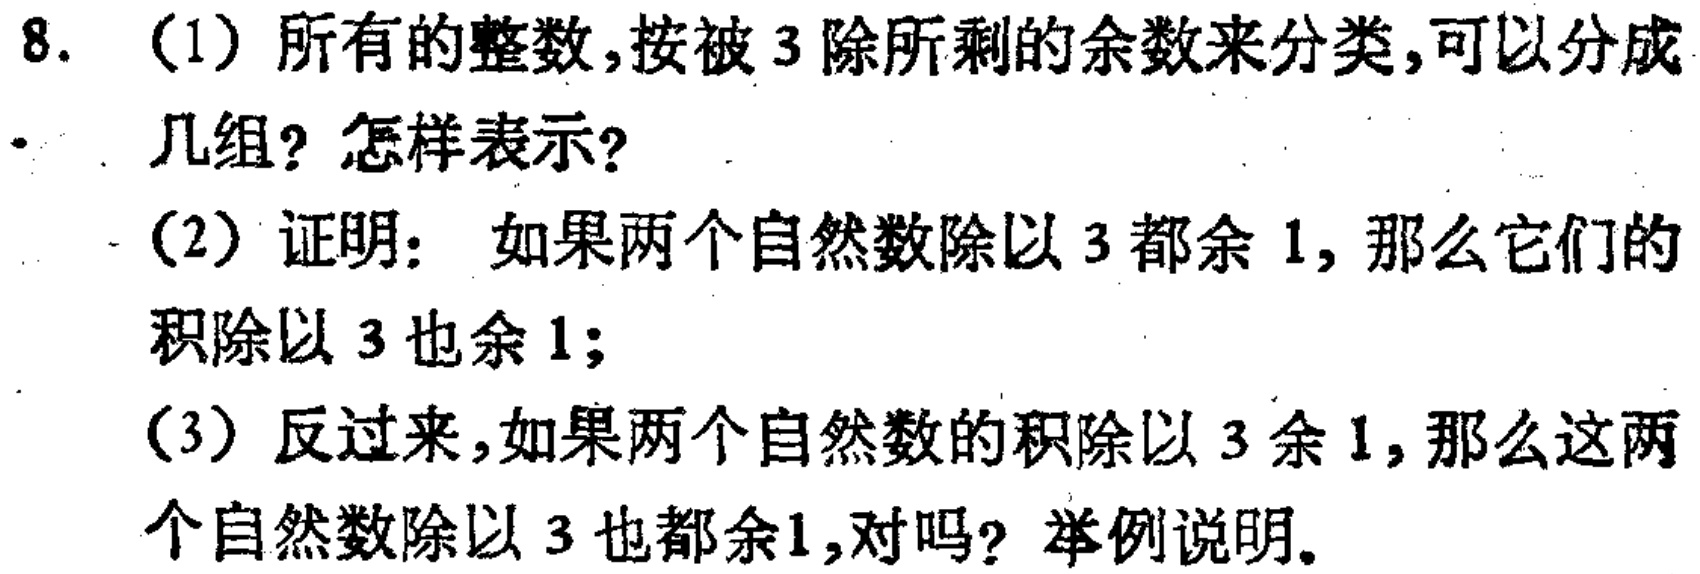
8. (1) 所有的整数，按被 3 除所剩的余数来分类，可以分成几组？怎样表示？

(2) 证明：如果两个自然数除以 3 都余 1，那么它们的积除以 3 也余 1；

(3) 反过来，如果两个自然数的积除以 3 余 1，那么这两个自然数除以 3 也都余1，对吗？举例说明。